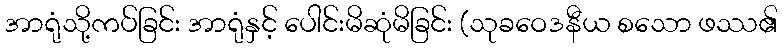
အာရုံသို့ကပ်ခြင်း အာရုံနှင့် ပေါင်းမိဆုံမိခြင်း (သုခဝေဒနီယ စသော ဖဿ၏